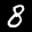
Label: 8